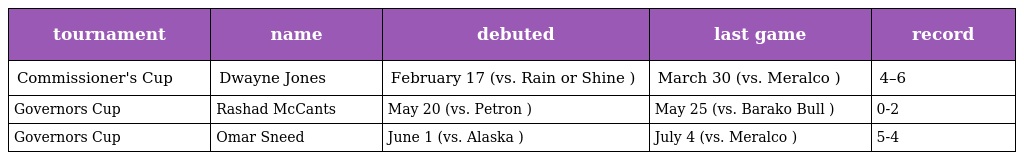
| tournament | name | debuted | last game | record |
 | --- | --- | --- | --- | --- |
 | Commissioner's Cup | Dwayne Jones | February 17 (vs. Rain or Shine ) | March 30 (vs. Meralco ) | 4–6 |
 | Governors Cup | Rashad McCants | May 20 (vs. Petron ) | May 25 (vs. Barako Bull ) | 0-2 |
 | Governors Cup | Omar Sneed | June 1 (vs. Alaska ) | July 4 (vs. Meralco ) | 5-4 |